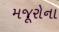
મજૂરોના